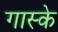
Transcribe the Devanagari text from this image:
गास्के